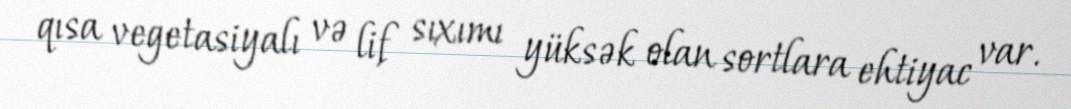
qısa vegetasiyalı və lif sıxımı yüksək olan sortlara ehtiyac var.